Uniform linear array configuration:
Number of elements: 48
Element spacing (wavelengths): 1
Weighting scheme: hann
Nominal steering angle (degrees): -45
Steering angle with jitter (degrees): -44.572
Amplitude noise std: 0.05
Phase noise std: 0.05

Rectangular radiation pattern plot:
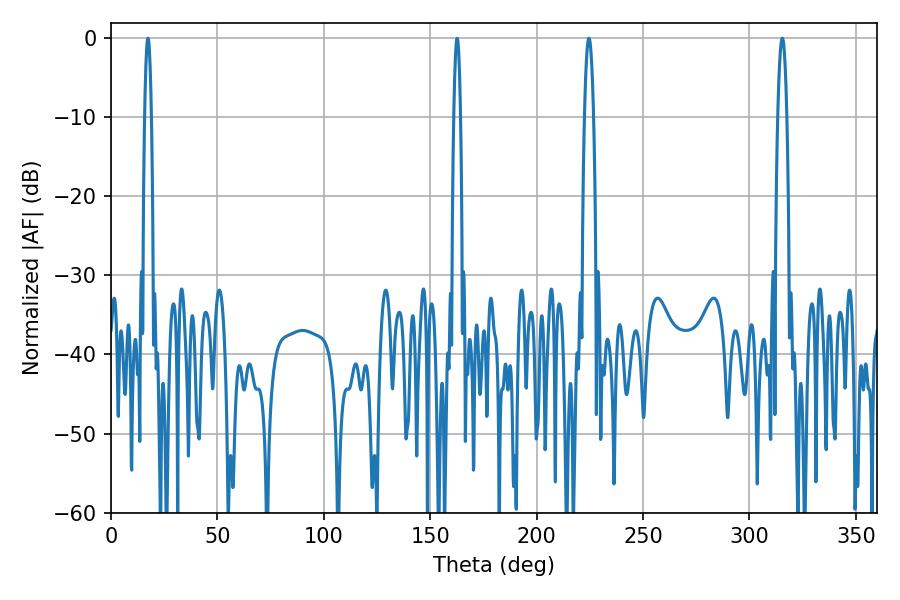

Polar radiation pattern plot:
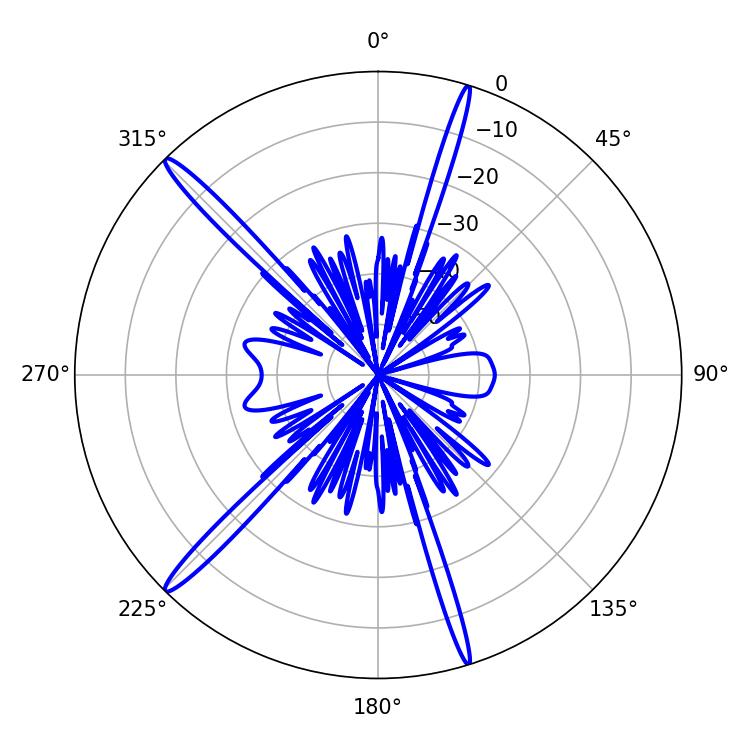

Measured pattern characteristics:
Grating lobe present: TRUE
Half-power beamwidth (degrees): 2.34
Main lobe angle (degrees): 315.36